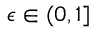
\epsilon \in ( 0 , 1 ]